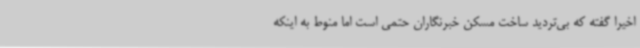
اخیراً گفته که بی‌تردید ساخت مسکن خبرنگاران حتمی است اما منوط به اینکه